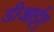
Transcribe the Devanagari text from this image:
डीआईए